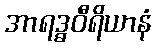
အာရဒ္ဓဝီရိယာနံ